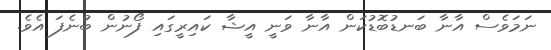
ނަމަވެސް އާނާ ބަނޑުބޮޑުކަން އާނާ ވަނީ އީޝާ ކައިރީގައި ފޯނުން ބުނެފަ އެވެ.